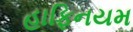
હાફિનયમ